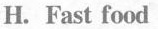
H. Fast food